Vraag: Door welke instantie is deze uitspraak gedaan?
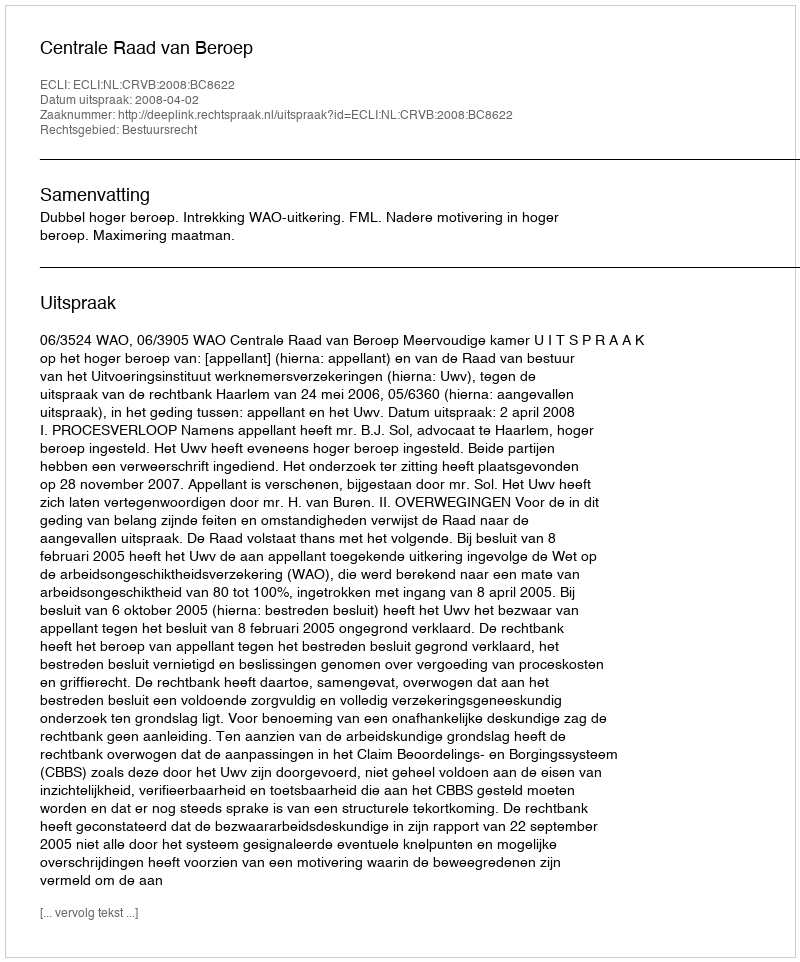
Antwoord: Centrale Raad van Beroep